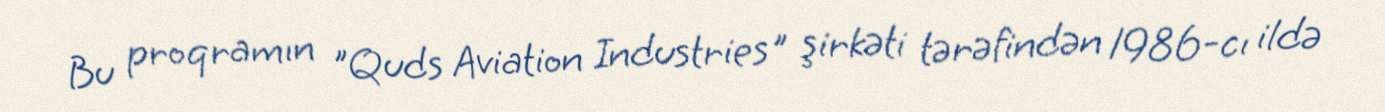
Bu proqramın "Quds Aviation Industries" şirkəti tərəfindən 1986-cı ildə